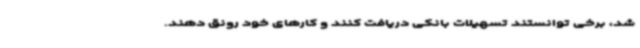
شد، برخی توانستند تسهیلات بانکی دریافت کنند و کارهای خود رونق دهند.